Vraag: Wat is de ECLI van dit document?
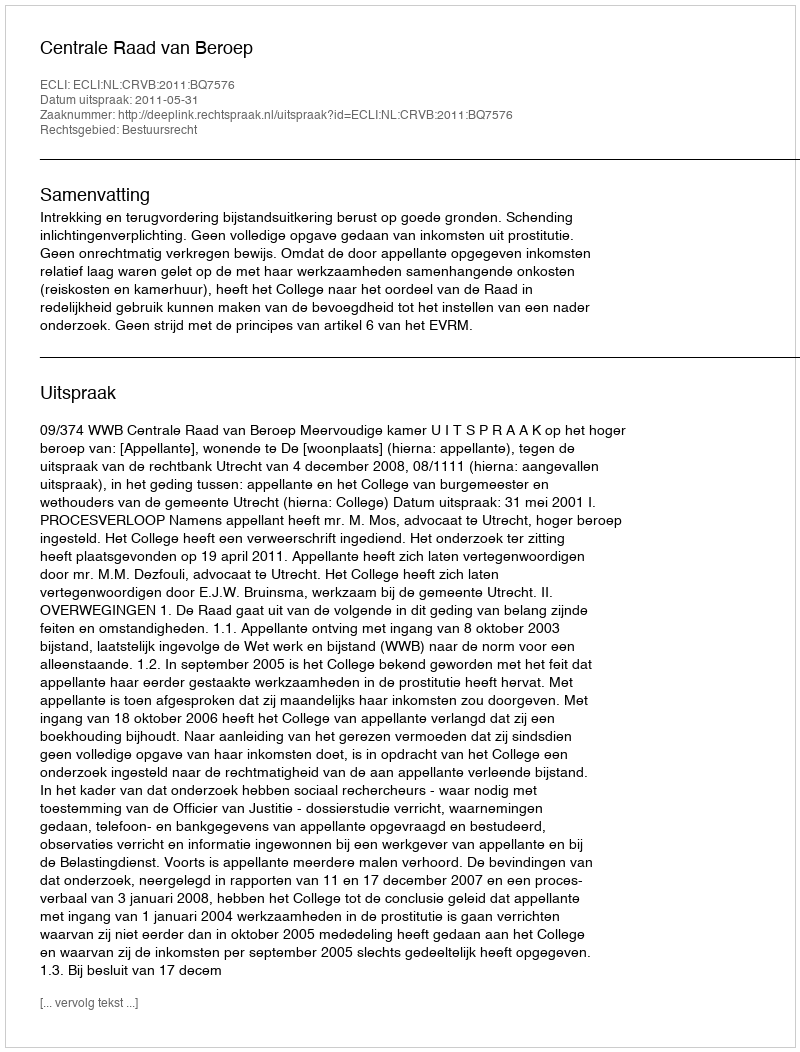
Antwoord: ECLI:NL:CRVB:2011:BQ7576